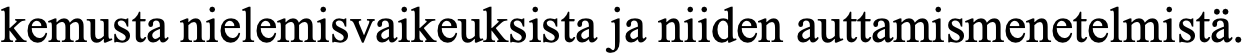
kemusta nielemisvaikeuksista ja niiden auttamismenetelmistä.